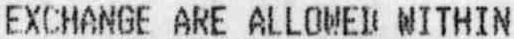
EXCHANGE ARE ALLOWED WITHIN